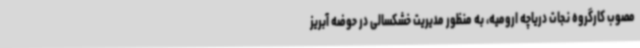
مصوب کارگروه نجات دریاچه ارومیه، به منظور مدیریت خشکسالی در حوضه آبریز